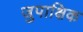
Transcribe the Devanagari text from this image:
जुपाक्षिक